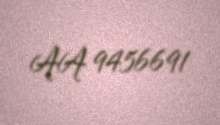
AA 9456691